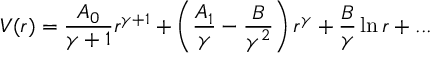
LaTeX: V ( r ) = { \frac { A _ { 0 } } { \gamma + 1 } } r ^ { \gamma + 1 } + \left( { \frac { A _ { 1 } } { \gamma } } - { \frac { B } { \gamma ^ { 2 } } } \right) r ^ { \gamma } + { \frac { B } { \gamma } } \ln r + . . .